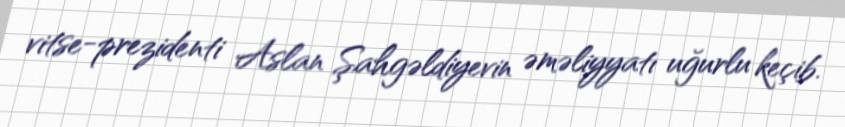
vitse-prezidenti Aslan Şahgəldiyevin əməliyyatı uğurlu keçib.